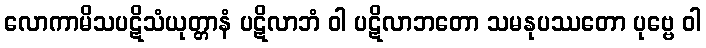
လောကာမိသပဋိသံယုတ္တာနံ ပဋိလာဘံ ဝါ ပဋိလာဘတော သမနုပဿတော ပုဗ္ဗေ ဝါ